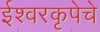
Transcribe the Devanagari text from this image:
ईश्वरकृपेचे